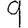
Digit: 9